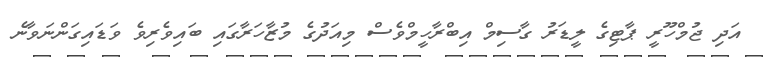
އަދި ޖުމްހޫރީ ޕާޓިގެ ލީޑަރު ގާސިމް އިބްރާހީމްވެސް މިއަދުގެ މުޒާހަރާގައި ބައިވެރިވެ ވަޑައިގަންނަވާނެ